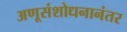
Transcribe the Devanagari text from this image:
अणूसंशोधनानंतर